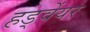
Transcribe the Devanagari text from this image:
हर्ड्वेयर